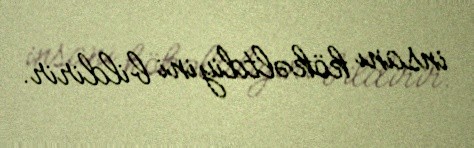
insanı kökəltdiyini bildirir.